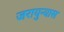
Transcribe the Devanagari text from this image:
जरायुन्यास